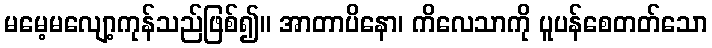
မမေ့မလျော့ကုန်သည်ဖြစ်၍။ အာတာပိနော၊ ကိလေသာကို ပူပန်စေတတ်သော